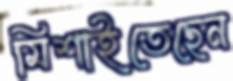
মিশাইতেছেন